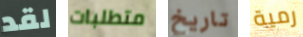
لقد متطلبات تاريخ رمية